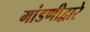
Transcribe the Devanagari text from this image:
मांडणीद्वारे